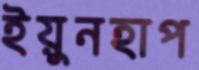
ইয়ুনহাপ